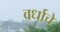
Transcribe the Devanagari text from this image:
वर्धाचे